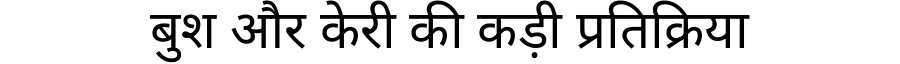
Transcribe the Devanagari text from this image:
बुश और केरी की कड़ी प्रतिक्रिया